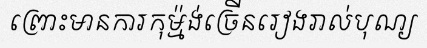
ព្រោះមានការកុម្ម៉ង់ច្រើនរៀងរាល់បុណ្យ